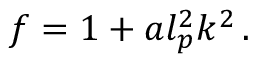
f = 1 + a l _ { p } ^ { 2 } k ^ { 2 } \, .